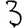
Digit: 3